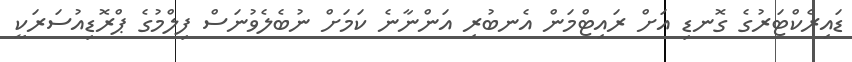
ޑައިރެކްޓަރުގެ ގޮނޑި އަށް ރައިޓްމަން އެނބުރި އަންނާނެ ކަމަށް ނުބެލެވުނަސް ފިލްމުގެ ޕްރޮޑިއުސަރަކީ